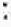
: